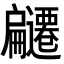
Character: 𭠌